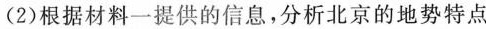
（2）根据材料一提供的信息，分析北京的地势特点